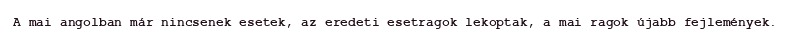
A mai angolban már nincsenek esetek, az eredeti esetragok lekoptak, a mai ragok újabb fejlemények.